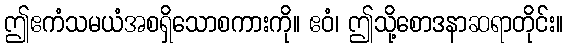
ဤဧကံသမယံအစရှိသောစကားကို။ ဧဝံ၊ ဤသို့စောဒနာဆရာတိုင်း။